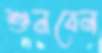
শুনবেন